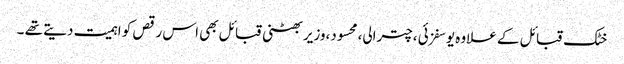
خٹک قبائل کے علاوہ یوسفزئی ،چترالی،محسود،وزیر بھٹنی قبائل بھی اس رقص کو اہمیت دیتے تھے ۔